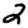
Digit: 2